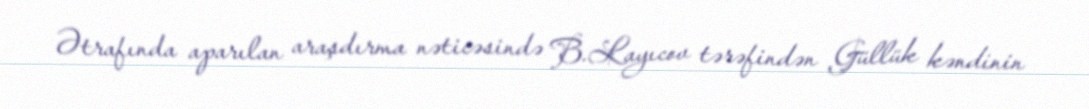
Ətrafında aparılan araşdırma nəticəsində B.Layıcov tərəfindən Güllük kəndinin